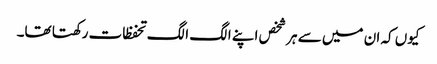
کیوں کہ ان میں سے ہر شخص اپنے الگ الگ تحفظات رکھتا تھا۔